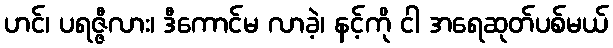
ဟင်၊ ပရဇ္ဇီလား၊ ဒီကောင်မ လာခဲ့၊ နင့်ကို ငါ အရေဆုတ်ပစ်မယ်